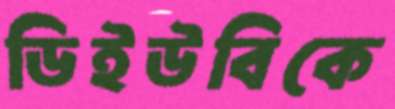
ডিইউবিকে